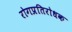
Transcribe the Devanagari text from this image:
रोगप्रतिरोधक